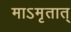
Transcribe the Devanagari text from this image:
माऽमृतात्‌